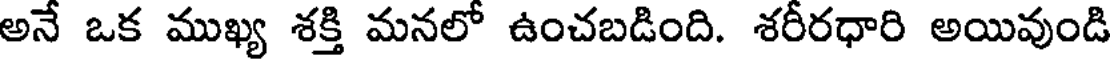
అనే ఒక ముఖ్య శక్తి మనలో ఉంచబడింది. శరీరధారి అయివుండి